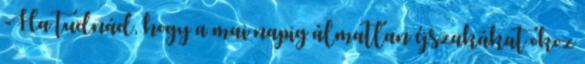
-Ha tudnád, hogy a mai napig álmatlan éjszakákat okoz